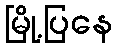
မြို့ပြနေ